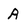
Character: A